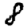
Digit: 8